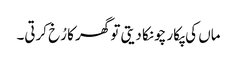
ماں کی پکار چونکا دیتی تو گھر کا رُخ کرتی۔